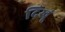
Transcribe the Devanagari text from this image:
दिखूं